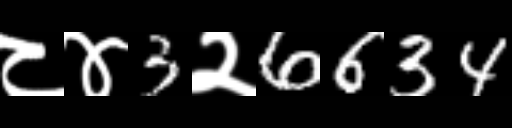
Text: ८४3२6634